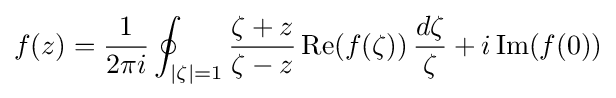
f(z)={\frac {1}{2\pi i}}\oint _{|\zeta |=1}{\frac {\zeta +z}{\zeta -z}}\operatorname {Re} (f(\zeta ))\,{\frac {d\zeta }{\zeta }}+i\operatorname {Im} (f(0))